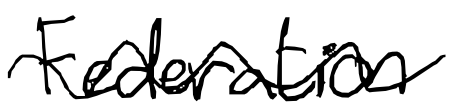
Text: Federation
Cross-out: wave
Writing tool: digital_black